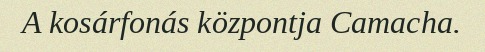
A kosárfonás központja Camacha.